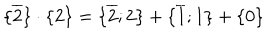
{ \{ } \overline { { { 2 } } } { \} } \cdot { \{ } { 2 } { \} } = { \{ } \overline { { { 2 } } } ; 2 { \} } + { \{ } \overline { { { 1 } } } ; 1 { \} } + { \{ } { 0 } { \} }